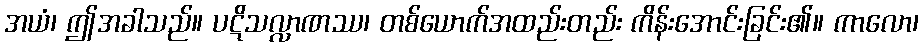
အယံ၊ ဤအခါသည်။ ပဋိသလ္လာဏဿ၊ တစ်ယောက်အထည်းတည်း ကိန်းအောင်းခြင်း၏။ ကာလော၊